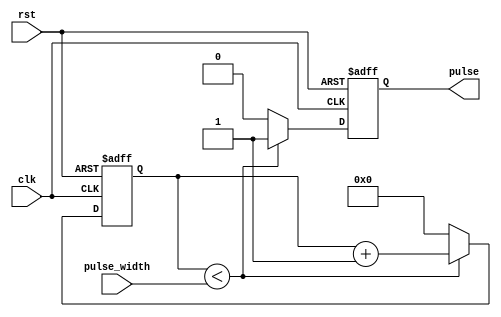
module VariablePulseWidthGenerator (
    input wire clk,
    input wire rst,
    input wire [7:0] pulse_width,
    output reg pulse
);

reg [7:0] counter;

always @(posedge clk or posedge rst) begin
    if (rst) begin
        pulse <= 0;
        counter <= 0;
    end else begin
        if (counter < pulse_width) begin
            pulse <= 1;
            counter <= counter + 1;
        end else begin
            pulse <= 0;
            counter <= 0;
        end
    end
end

endmodule